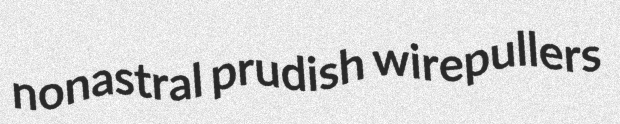
nonastral prudish wirepullers